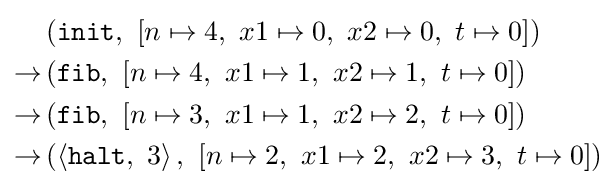
{\begin{aligned}&\left({\mathtt {init}},\ \left[n\mapsto 4,\ x1\mapsto 0,\ x2\mapsto 0,\ t\mapsto 0\right]\right)\\\rightarrow &\left({\mathtt {fib}},\ \left[n\mapsto 4,\ x1\mapsto 1,\ x2\mapsto 1,\ t\mapsto 0\right]\right)\\\rightarrow &\left({\mathtt {fib}},\ \left[n\mapsto 3,\ x1\mapsto 1,\ x2\mapsto 2,\ t\mapsto 0\right]\right)\\\rightarrow &\left(\left\langle {\mathtt {halt}},\ 3\right\rangle ,\ \left[n\mapsto 2,\ x1\mapsto 2,\ x2\mapsto 3,\ t\mapsto 0\right]\right)\end{aligned}}